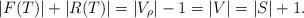
LaTeX: \begin{align*}|F(T)|+|R(T)|=|V_\rho|-1=|V|=|S|+1. \end{align*}